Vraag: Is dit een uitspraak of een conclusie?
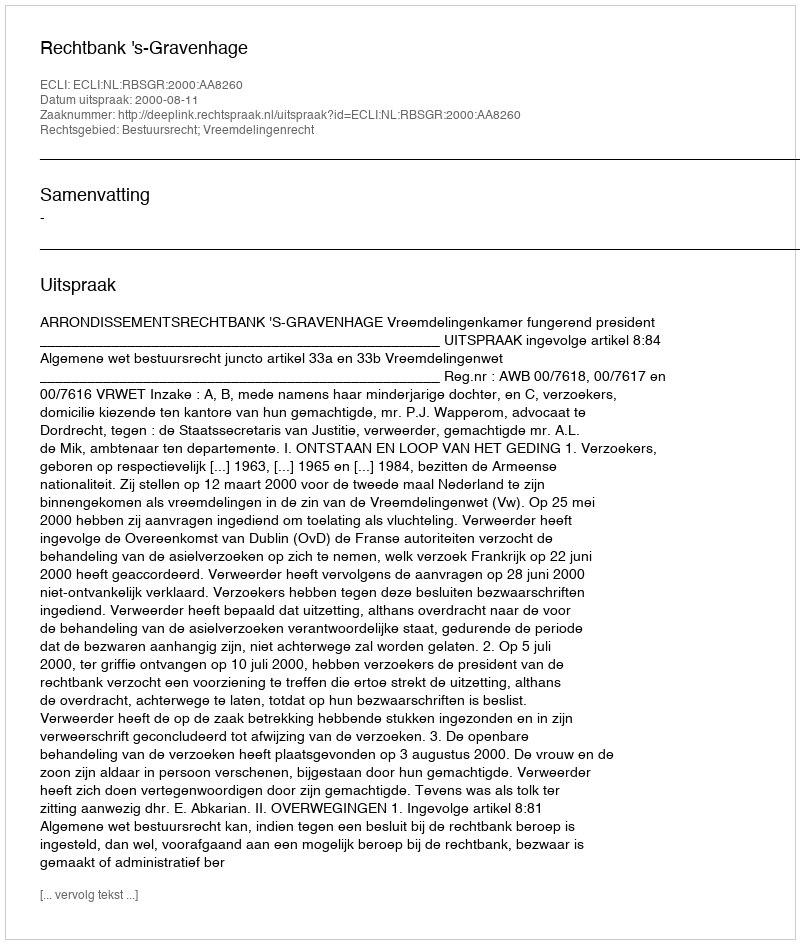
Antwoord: Uitspraak